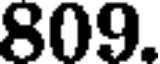
809.